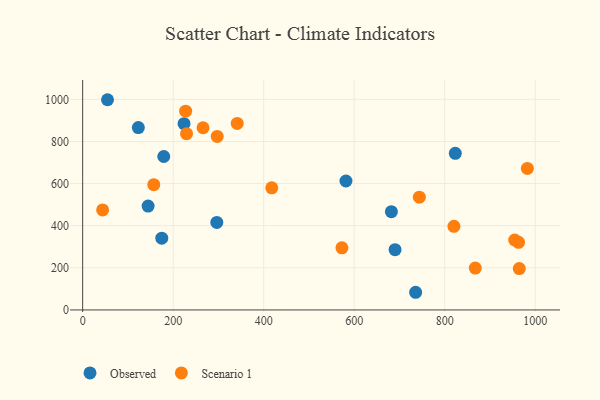
{"axis": {"x": "Engine Size", "y": "Fuel Efficiency"}, "legend": ["Observed", "Scenario 1"], "data": [{"x": "224.0", "y": 884.5, "type": "Observed"}, {"x": "823.4", "y": 743.5, "type": "Observed"}, {"x": "296.4", "y": 415.8, "type": "Observed"}, {"x": "179.2", "y": 728.7, "type": "Observed"}, {"x": "144.6", "y": 493.2, "type": "Observed"}, {"x": "54.9", "y": 998.2, "type": "Observed"}, {"x": "123.0", "y": 865.8, "type": "Observed"}, {"x": "735.8", "y": 83.9, "type": "Observed"}, {"x": "581.8", "y": 612.3, "type": "Observed"}, {"x": "682.2", "y": 466.5, "type": "Observed"}, {"x": "174.8", "y": 340.8, "type": "Observed"}, {"x": "690.3", "y": 286.4, "type": "Observed"}, {"x": "744.0", "y": 535.7, "type": "Scenario 1"}, {"x": "820.4", "y": 397.1, "type": "Scenario 1"}, {"x": "867.6", "y": 198.6, "type": "Scenario 1"}, {"x": "417.9", "y": 580.1, "type": "Scenario 1"}, {"x": "227.5", "y": 944.0, "type": "Scenario 1"}, {"x": "266.0", "y": 865.2, "type": "Scenario 1"}, {"x": "963.2", "y": 321.2, "type": "Scenario 1"}, {"x": "229.5", "y": 837.0, "type": "Scenario 1"}, {"x": "157.1", "y": 594.9, "type": "Scenario 1"}, {"x": "297.3", "y": 823.7, "type": "Scenario 1"}, {"x": "341.5", "y": 885.7, "type": "Scenario 1"}, {"x": "44.1", "y": 474.7, "type": "Scenario 1"}, {"x": "954.7", "y": 332.1, "type": "Scenario 1"}, {"x": "964.8", "y": 196.4, "type": "Scenario 1"}, {"x": "572.9", "y": 294.8, "type": "Scenario 1"}, {"x": "982.7", "y": 672.2, "type": "Scenario 1"}]}